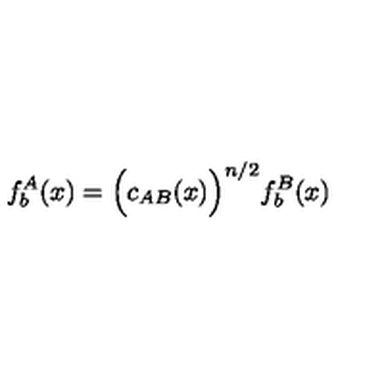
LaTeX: f _ { b } ^ { A } ( x ) = \Bigl ( c _ { A B } ( x ) \Bigr ) ^ { n / 2 } f _ { b } ^ { B } ( x )